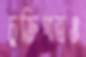
চুক্তিপত্রও